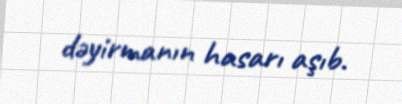
dəyirmanın hasarı aşıb.